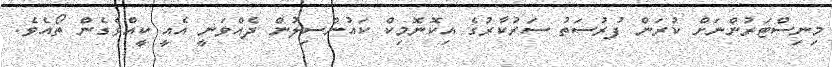
މިނިސްޓަރުންނަށް ކުރަން ފުރުސަތު ސަރުކާރުގެ އިކޮނޮމިކް ކައުންސިލުން ދެއްވަނީ އެއީ ކީއްވެގެން ތޯއެވެ.